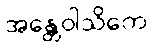
အန္တေဝါသိကေ